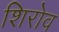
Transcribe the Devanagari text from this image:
शिरोव